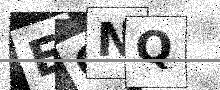
Text: EQNQ